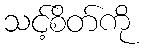
သင့်စိတ်ကို